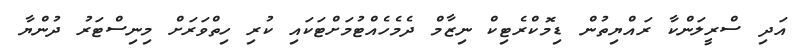
އަދި ސްރީލަންކާ ރައްޔިތުން ޑިމޮކްރެޓިކް ނިޒާމް ދެމެހެއްޓުމަށްޓަކައި ކުރި ހިތްވަރަށް މިނިސްޓަރު ދުންޔާ